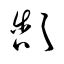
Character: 頷